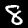
Digit: 8